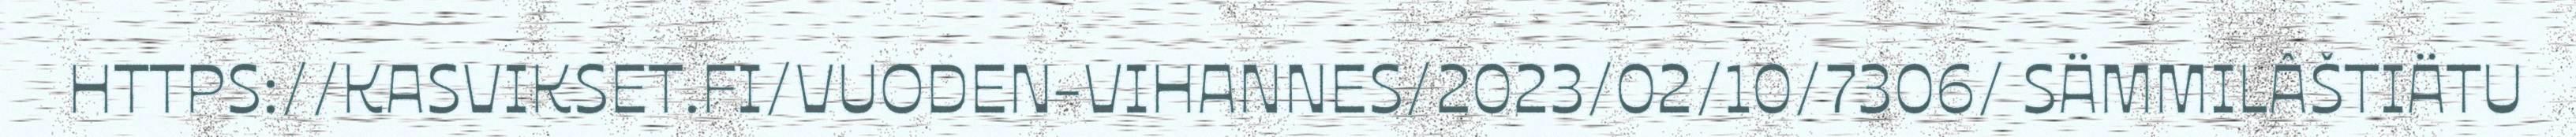
HTTPS://KASVIKSET.FI/VUODEN-VIHANNES/2023/02/10/7306/ SÄMMILÂŠTIÄTU